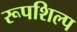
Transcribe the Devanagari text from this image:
रूपशिल्प